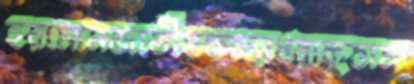
হরমোনজাতীয়কাছাধরাকুত্তাম